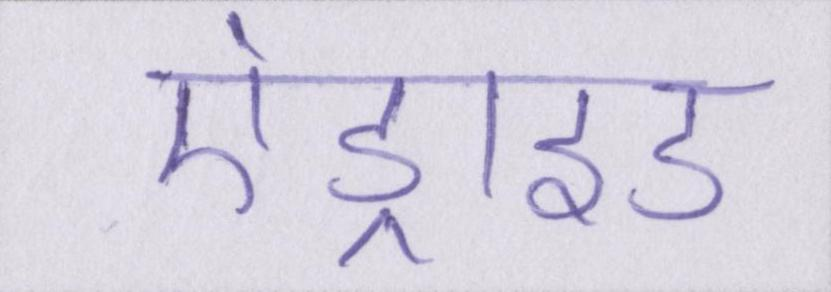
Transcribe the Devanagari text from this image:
एंड्राइड